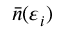
{ \bar { n } } ( \varepsilon _ { i } )